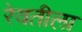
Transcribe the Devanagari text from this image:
रेवतीला